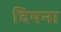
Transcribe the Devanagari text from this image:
दियना